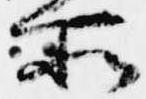
所